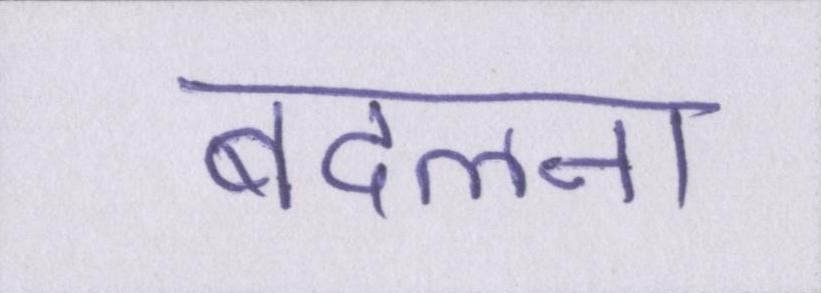
बदलना